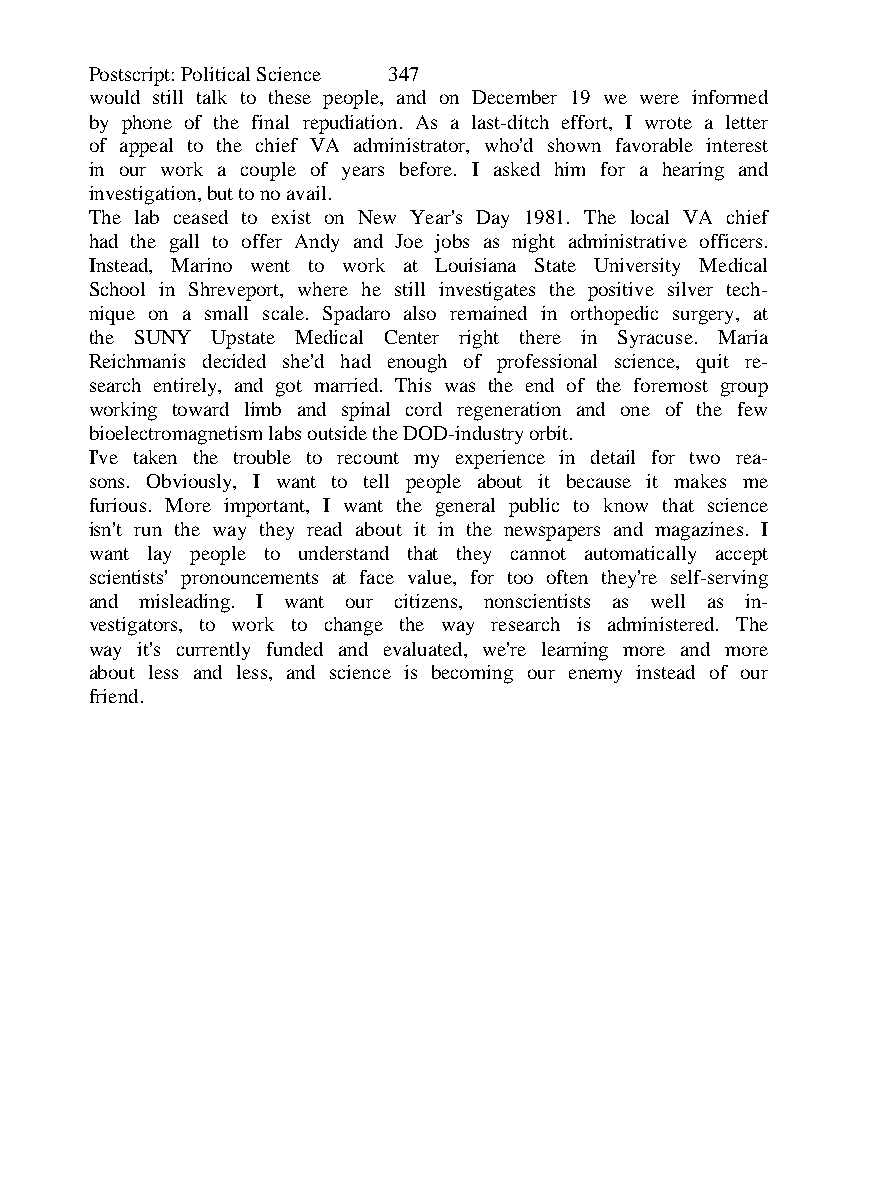
Postscript: Political Science 347
 would still talk to these people, and on December 19 we were informed
 by phone of the final repudiation. As a last-ditch effort, I wrote a letter
 of appeal to the chief VA administrator, who'd shown favorable interest
 in our work a couple of years before. I asked him for a hearing and
 investigation, but to no avail.
 The lab ceased to exist on New Year's Day 1981. The local VA chief
 had the gall to offer Andy and Joe jobs as night administrative officers.
 Instead, Marino went to work at Louisiana State University Medical
 School in Shreveport, where he still investigates the positive silver tech-
 nique on a small scale. Spadaro also remained in orthopedic surgery, at
 the SUNY Upstate Medical Center right there in Syracuse. Maria
 Reichmanis decided she'd had enough of professional science, quit re-
 search entirely, and got married. This was the end of the foremost group
 working toward limb and spinal cord regeneration and one of the few
 bioelectromagnetism labs outside the DOD-industry orbit.
 I've taken the trouble to recount my experience in detail for two rea-
 sons. Obviously, I want to tell people about it because it makes me
 furious. More important, I want the general public to know that science
 isn't run the way they read about it in the newspapers and magazines. I
 want lay people to understand that they cannot automatically accept
 scientists' pronouncements at face value, for too often they're self-serving
 and misleading. I want our citizens, nonscientists as well as in-
 vestigators, to work to change the way research is administered. The
 way it's currently funded and evaluated, we're learning more and more
 about less and less, and science is becoming our enemy instead of our
 friend.